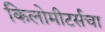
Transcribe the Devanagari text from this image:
किलोमीटर्सचा